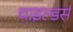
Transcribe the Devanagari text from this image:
चाइल्डर्स